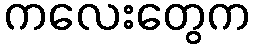
ကလေးတွေက